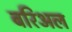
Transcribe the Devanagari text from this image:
बरिअल